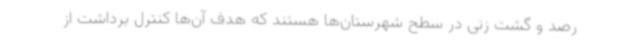
رصد و گشت زنی در سطح شهرستان‌ها هستند که هدف آن‌ها کنترل برداشت از